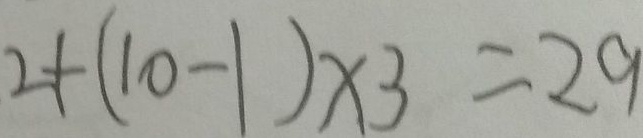
2 + ( 1 0 - 1 ) \times 3 = 2 9